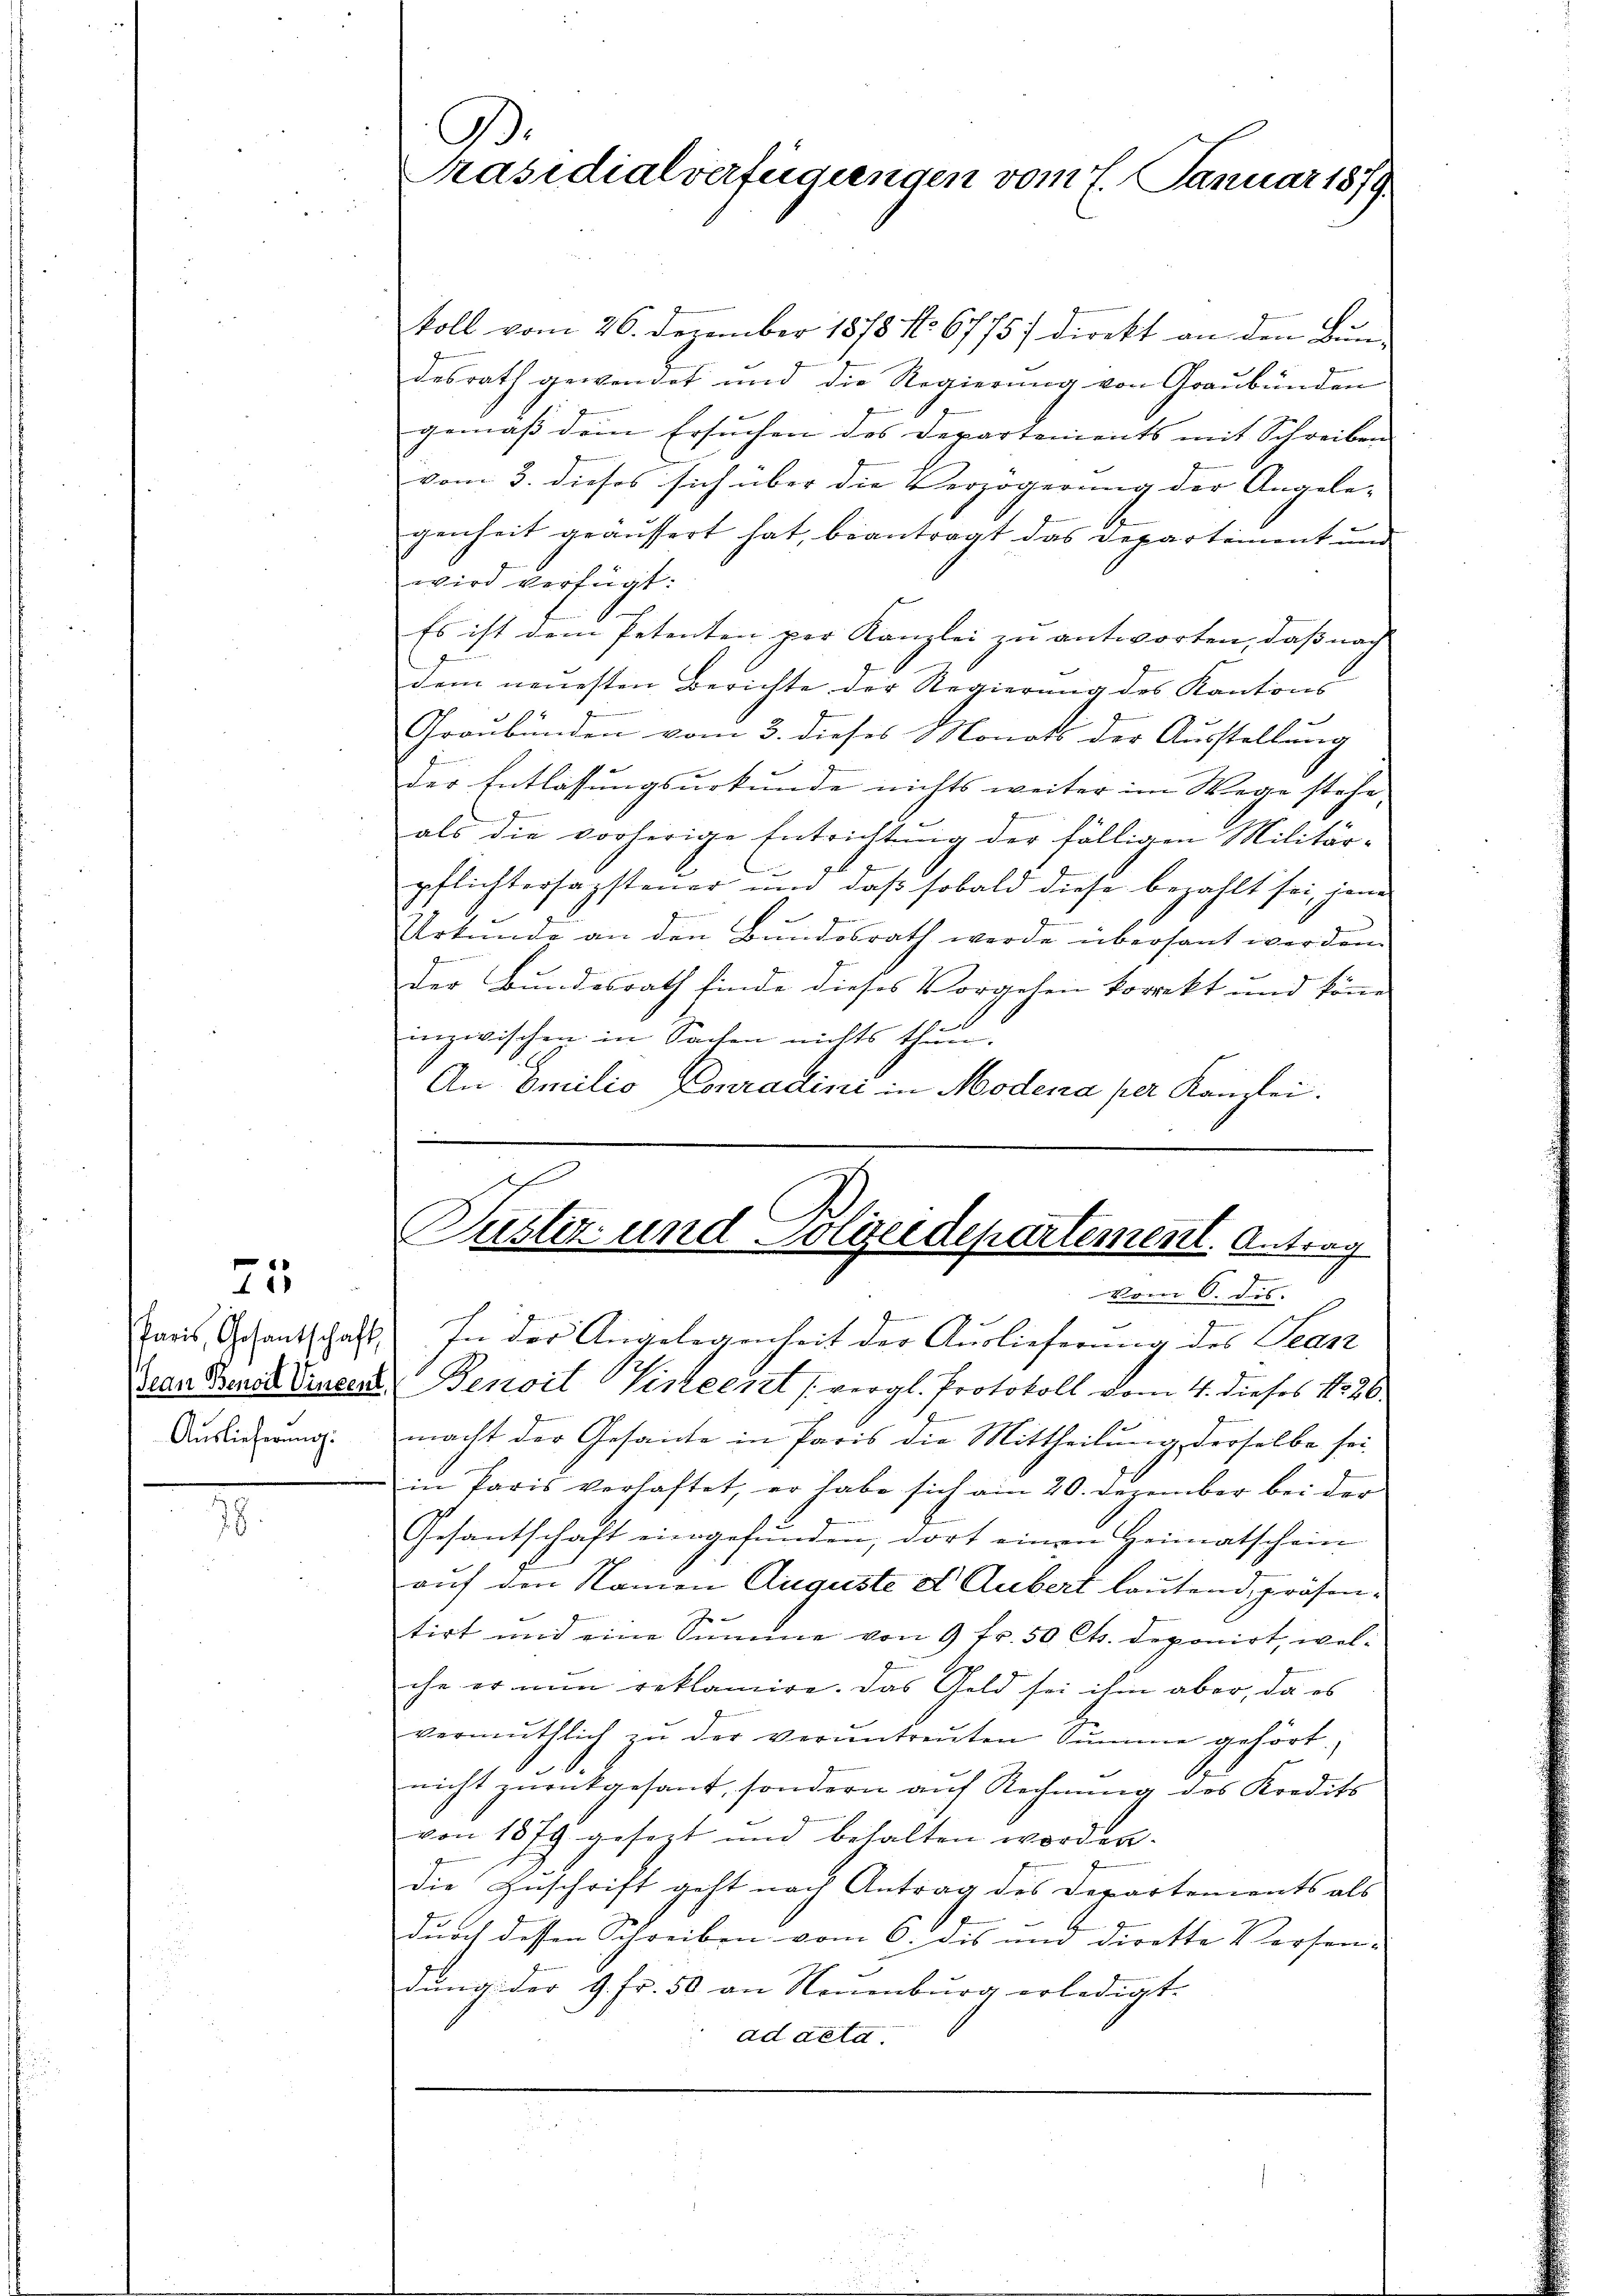
.

25

koll vom 26. Dezember 1878 No 67757 direkt an den Bundesrath gewendet und die Regierung von Graubünden
gemäß dem Ersuchen des Departements mit Schreiben
vom 3. dieses sich über die Verzögerung der Angele-
genheit geäussert hat, beantragt das Departement und
wird verfügt:
Es ist dem Petenten per Kanzlei zu antworten, daß nach
dem neuesten Berichte der Regierung des Kantons
Graubünden vom 3. dieses Monats der Ausstellung
der Entlassungsurkunde nichts weiter im Wege stehe,
als die vorherige Entrichtung der fälligen Militär-
pflichtersagsteuer und daß sobald diese bezahlt sei, jene
Urkunde an den Bundesrath werde übersant werden.
e
der Bundesrath finde dieses Vorgehen korrekt und könne
inzwischen in Sachen nichts thun.
An Emilio Conradlini in Modena per Kanzlei.

G.
Präsidialverfügungen vom 7. Januar 1879.

Justiz und Polizeidepartement. Antrag
vom 6. dis

Paris, Gesantschaft) In der Angelegenheit der Auslieferung des Tean
Jean Benad Vincer Benoit Hinterret vergl. Protokoll vom 4. dieses No 26.
Antlicherung macht der Gesandte in Paris die Mittheilung, derselbe sei
in Paris verhaftet, er habe sich am 20. Dezember bei der
Gesantschaft eingefunden, dort einen Heimatschein
auf den Namen Auguste et Aubert lautend, präsentirt und eine Summe von 9 fr. 50 Cts. deponirt, welche er nun reklamire. Das Geld sei ihm aber, da es
vermuthlich zŭ der veruntreŭten Summe gehört.
nicht zurückgesant, sondern auf Rechnung des Kredits
von 1879 gesetzt und behalten worden.
die Zuschrift geht nach Antrag des Departements als
durch dessen Schreiben vom 6. dis und dirette Versen- |
dŭng der 9. Fr. 50 an Neuenburg erledigt.
ad acta.